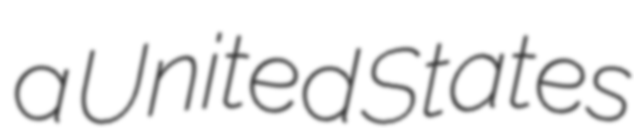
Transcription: a United States